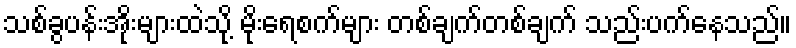
သစ်ခွပန်းအိုးများထဲသို့ မိုးရေစက်များ တစ်ချက်တစ်ချက် သည်းပက်နေသည်။